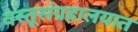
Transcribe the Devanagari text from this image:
वस्तूसंग्रहालयात